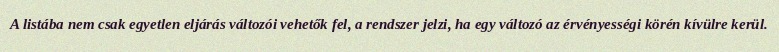
A listába nem csak egyetlen eljárás változói vehetők fel, a rendszer jelzi, ha egy változó az érvényességi körén kívülre kerül.